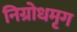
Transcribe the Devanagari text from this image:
निग्रोधमृग